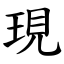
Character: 現